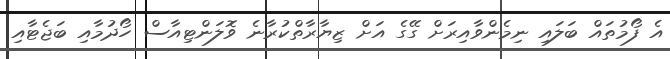
އެ ފޯމުތައް ބަލައި ނިމެންވާއިރަށް ގޭގެ އަށް ޒިޔާރާތްކުރާނެ ވޮލަންޓިއާސް ހޯދުމާއި ބަޖެޓާއި